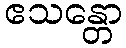
ဧသန္တော